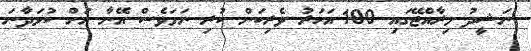
ނަޝީދު މިރާއްޖޭގައި 100 އަހަރު ވެރިކަން ކުރި ނަމަވެސް އޭނާ އަށް ކުޅަދާނަ